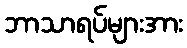
ဘာသာရပ်များအား